Medical and sanitary report of the native army of Madras for the year
Year: 1877
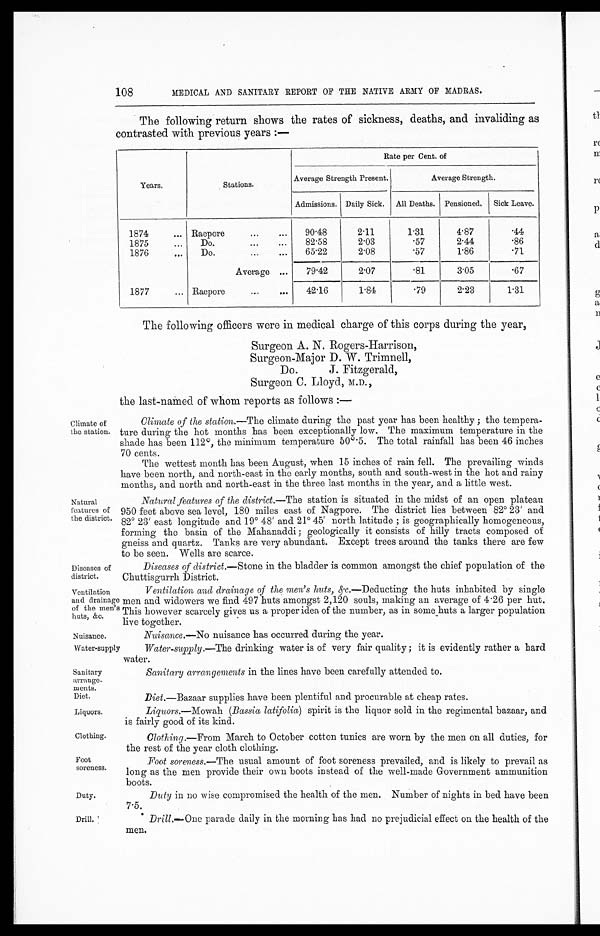
Diseases of
district.
Ventilation
and drainage
of the men's
huts, &c.
Nuisance.
Water-supply
Sanitary
arrange.
ments.
Diet.
Liquors.
Clothing.
Foot
soreness
Duty.
108
MEDICAL AND SANITARY REPORT OF THE NATIVE ARMY OF MADRAS.
The following return shows the rates of sickness, deaths, and invaliding as
contrasted with previous years :—
Years.
Stations.
Rate per Cent. of
Average Strength Present.
Average Strength.
Admissions. Daily Sick. All Deaths. Pensioned. Sick Leave.
1874
... Raepore
...
... 90.48
2.11
1.31
4.87
.44
1875
... Do.
...
... 82.58
2.03
.57
2.44
.86
1876
... Do.
...
... 65.22
2.08
.57
1.86 .71
Average ... 79.42
2.07
.81
3.05
.67
1877
... Raepore
...
... 42.16
1.84
.79
2.23
1.31
Climate of
the station
Natural
features of
the district.
The following officers were in medical charge of this corps during the year,
Surgeon A. N. Rogers-Harrison,
Surgeon-Major D. W. Trimnell,
Do. J. Fitzgerald,
Surgeon C. Lloyd, M.D.,
the last-named of whom reports as follows :—
Climate of the station.—The climate during the past year has been healthy ; the tempera-
ture during the hot months has been exceptionally low. The maximum temperature in the
shade has been 112°, the minimum temperature 50°
5. The total rainfall has been 46 inches
70 cents.
The wettest month has been August, when 15 inches of rain fell. The prevailing winds
have been north, and north-east in the early months, south and south-west in the hot and rainy
months, and north and north-east in the three last months in the year, and a little west.
Natural features of the district.—The station is situated in the midst of an open plateau
950 feet above sea level, 180 miles east of Nagpore. The district lies between 82° 23' and
82° 23' east longitude and 19° 48' and 21° 45' north latitude ; is geographically homogeneous,
forming the basin of the Mahanaddi; geologically it consists of hilly tracts composed of
gneiss and quartz. Tanks are very abundant. Except trees around the tanks there are few
to be seen. Wells are scarce.
Diseases of district. —Stone in the bladder is common amongst the chief population of the
Chuttisgurrh District.
Ventilation and drainage of the men's huts, &c. —Deducting the huts inhabited by single
men and widowers we find 497 huts amongst 2,120 souls, making an average of 4.26 per hut.
This however scarcely gives us a proper idea of the number, as in some huts a larger population
live together.
Nuisance. —No nuisance has occurred during the year.
Water-supply.—The drinking water is of very fair quality ; it is evidently rather a hard
water.
Sanitary arrangements in the lines have been carefully attended to.
Diet.—Bazaar supplies have been plentiful and procurable at cheap rates.
Liquors.—Mowah (Bassia latifolia) spirit is the liquor sold in the regimental bazaar, and
is fairly good of its kind.
Clothing.—From March to October cotton tunics are worn by the men on all duties, for
the rest of the year cloth clothing.
Foot soreness.—The usual amount of foot soreness prevailed, and is likely to prevail as
long as the men provide their own boots instead of the well-made Government ammunition
boots.
Duty in no wise compromised the health of the men. Number of nights in bed have been
7.5.
Drill.
Drill.—One parade daily in the morning has had no prejudicial effect on the health of the
men.